Rangoon Lunatic Asylum 1878-1892 - 1878-1892
Year: 1878
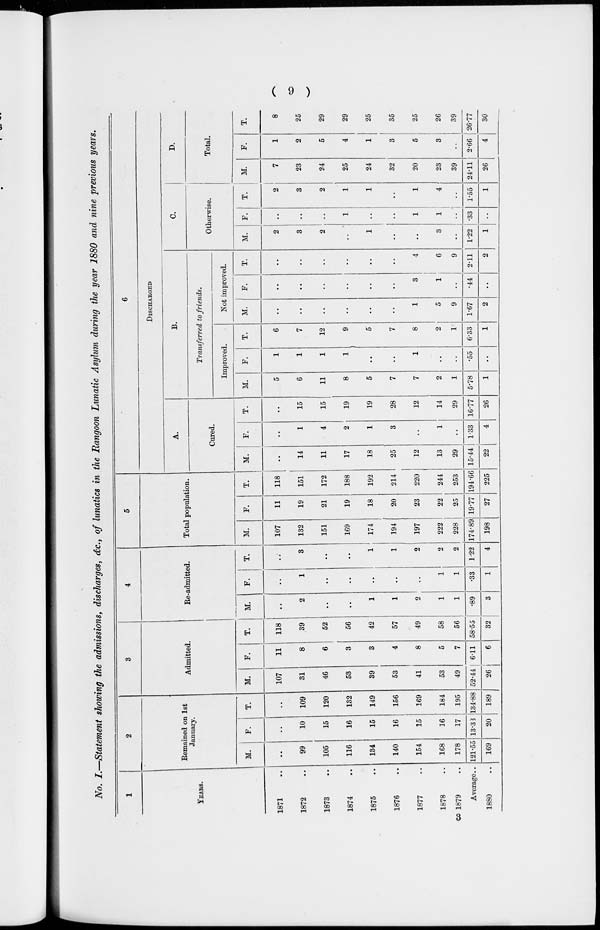
( 9 )
No. I.—Statement showing the admissions, discharges, &c., of lunatics in the Rangoon Lunatic Asylum during the year 1880 and nine previous years.
1
YEARS.
1871 ..
1872 ..
1873 ..
1874 ..
1875 ..
1876 ..
1877 ..
1878 ..
1879 ..
Average..
1880 ..
2
Remained on 1st
January.
M.
..
99
105
116
134
140
154
168
178
121.55
169
F.
..
10
15
16
15
16
15
16
17
13.33
20
T.
..
109
120
132
149
156
169
184
195
134.88
189
3
Admitted.
M.
107
31
46
53
39
53
41
53
49
52.44
26
F.
11
8
6
3
3
4
8
5
7
6.11
6
T.
118
39
52
56
42
57
49
58
56
58.55
32
4
Re-admitted.
M.
..
2
..
..
1
1
2
1
1
.89
3
F.
..
1
..
..
..
..
..
1
1
.33
1
T.
..
3
..
..
1
1
2
2
2
1.22
4
5
Total population.
M.
107
132
151
169
174
194
197
222
228
174.89
198
F.
11
19
21
19
18
20
23
22
25
19.77
27
T.
118
151
172
188
192
214
220
244
253
194.66
225
6
DISCHARGED
A.
Cured.
M.
..
14
11
17
18
25
12
13
29
15.44
22
F.
..
1
4
2
1
3
..
1
..
1.33
4
T.
..
15
15
19
19
28
12
14
29
16.77
26
B.
Transferred to friends.
Improved.
M.
5
6
11
8
5
7
7
2
1
5.78
1
F.
1
1
1
1
..
..
1
..
..
.55
..
T.
6
7
12
9
5
7
8
2
1
6.33
1
Not improved.
M.
..
..
..
..
..
..
1
5
9
1.67
2
F.
..
..
..
..
..
..
3
1
..
.44
..
T.
..
..
..
..
..
..
4
6
9
2.11
2
C.
Otherwise.
M.
2
3
2
..
1
..
..
3
..
1.22
1
F.
..
..
..
1
..
..
1
1
..
.33
..
T.
2
3
2
1
1
..
1
4
..
1.55
1
D.
Total.
M.
7
23
24
25
24
32
20
23
39
24.11
26
F.
1
2
5
4
1
3
5
3
..
2.66
4
T.
8
25
29
29
25
35
25
26
39
26.77
30
3